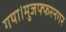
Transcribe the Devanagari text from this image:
गया।मुजफ्फरनगर